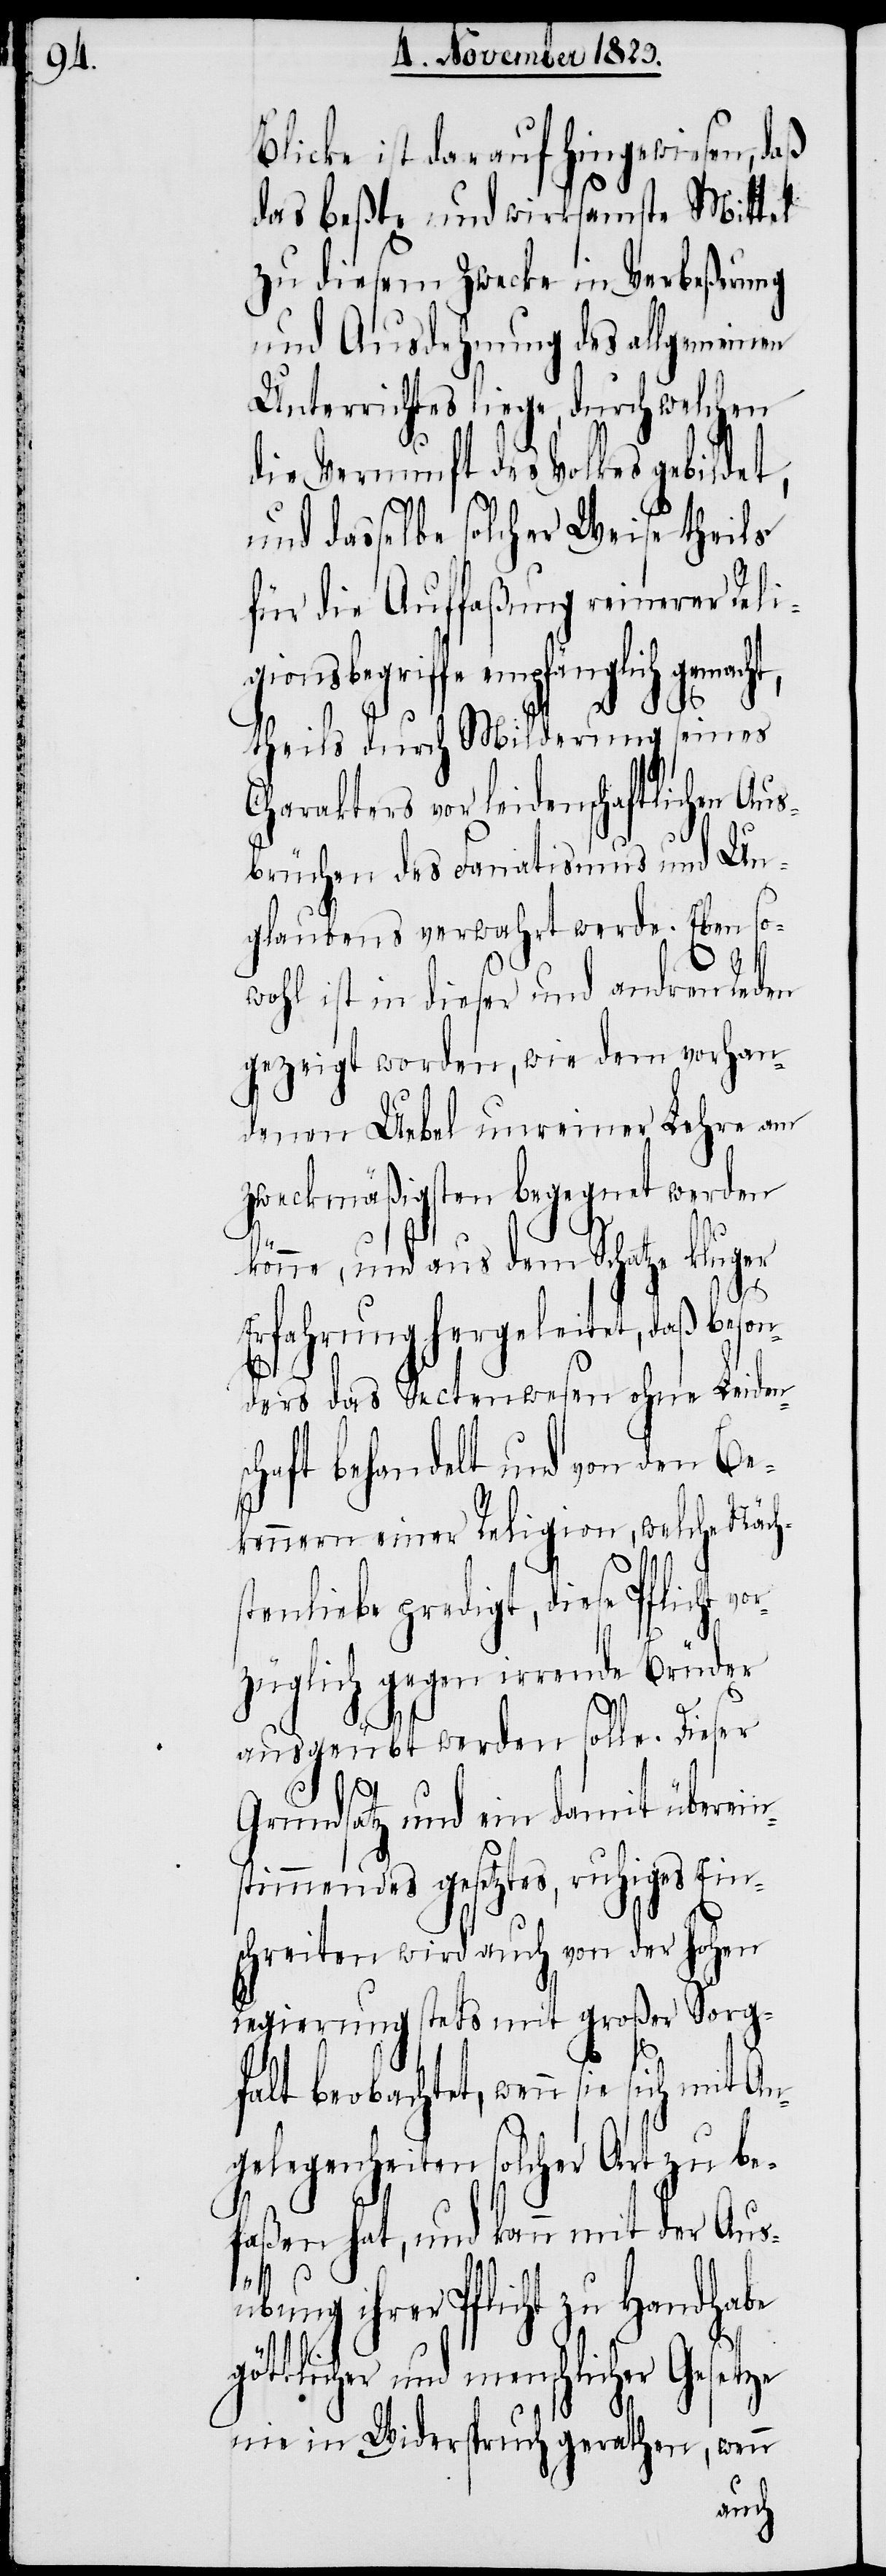
Blicke ist darauf hingewiesen, daß
das beßte und wirksamste Mittel
zu diesem Zwecke in Verbeßerung
und Ausdehnung des allgemeinen
Unterrichtes liege, durch welchen
die Vernunft des Volkes gebildet,
und dasselbe solcher Weise theils
für die Auffaßung reinerer Reli¬
gionsbegriffe empfänglich gemacht,
theils durch Milderung seines
Charakters vor leidenschaftlichen Au¬
sbrüchen des Fanatismus und Un¬
glaubens verwahrt werde. Eben so¬
wohl ist in dieser und andren Reden
gezeigt worden, wie dem vorhan¬
denen Uebel unreiner Lehre am
zweckmäßigsten begegnet werden
könne, und aus dem Schatze kluger
göt¬
Erfahrung hergeleitet, daß beson¬
ders das Sectenwesen ohne Leidens¬
chaft behandelt und von den Be¬
kennern einer Religion, welche Näch¬
stenliebe predigt, diese Pflicht
züglich gegen irrende Brüder
ausgeübt werden solle. Dieser
Grundsatz und ein damit überein¬
stimmendes gesetztes, ruhiges Ein¬
schreiten wird auch von der hohen
Regierung stets mit großer Sorg¬
falt beobachtet, wenn sie sich mit
gelegenheiten solcher Art zu be¬
faßen hat, und kann mit der Aus¬
übung ihrer Pflicht zu Handhabe
tlicher und menschlicher Gesetze
nie in Widerspruch gerathen, wenn